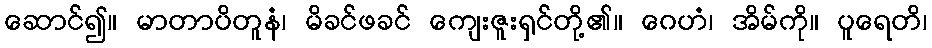
ဆောင်၍။ မာတာပိတူနံ၊ မိခင်ဖခင် ကျေးဇူးရှင်တို့၏။ ဂေဟံ၊ အိမ်ကို။ ပူရေတိ၊